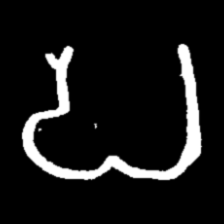
Pyu character \u2014 Myanmar letter: ပ (romanized: pa)